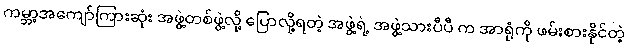
ကမ္ဘာ့အကျော်ကြားဆုံး အဖွဲ့တစ်ဖွဲ့လို့ ပြောလို့ရတဲ့ အဖွဲ့ရဲ့ အဖွဲ့သားပီပီ က အာရုံကို ဖမ်းစားနိုင်တဲ့